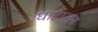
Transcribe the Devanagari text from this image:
घाटातुन